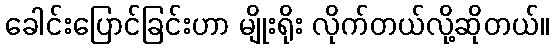
ခေါင်းပြောင်ခြင်းဟာ မျိုးရိုး လိုက်တယ်လို့ဆိုတယ်။